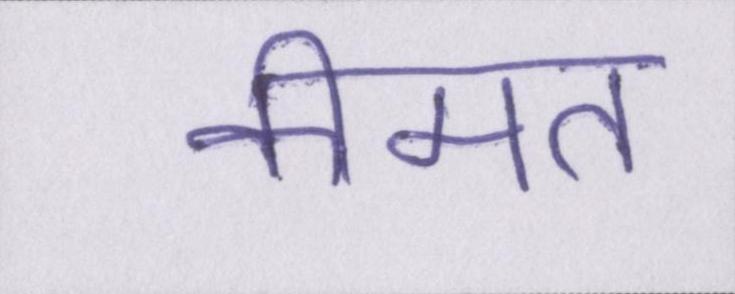
कीमत